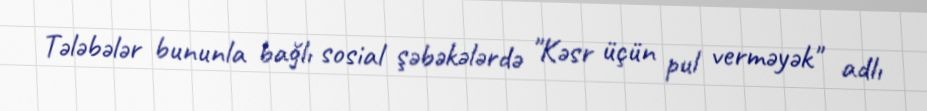
Tələbələr bununla bağlı sosial şəbəkələrdə "Kəsr üçün pul verməyək" adlı